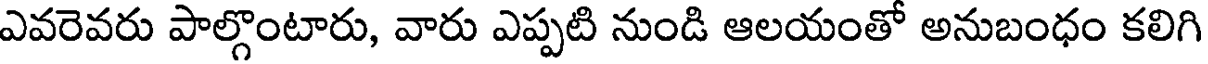
ఎవరెవరు పాల్గొంటారు, వారు ఎప్పటి నుండి ఆలయంతో అనుబంధం కలిగి